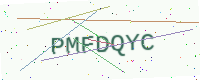
Text: PMFDQYC